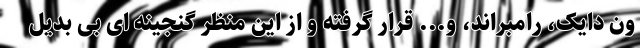
ون دایک، رامبراند، و... قرار گرفته و از این منظر گنجینه ای بی بدیل